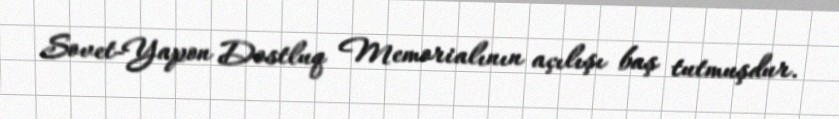
Sovet-Yapon Dostluq Memorialının açılışı baş tutmuşdur.